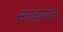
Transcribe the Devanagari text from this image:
सगळ्यांच